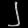
Digit: ၂